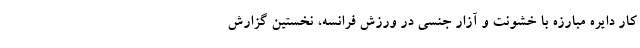
کار دایره مبارزه با خشونت و آزار جنسی در ورزش فرانسه، نخستین گزارش